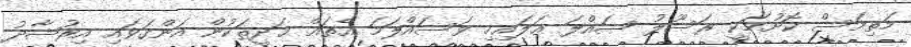
މަތިމަސް ކޮށުމަކީ ރަސޫލު ޞައްލަ ޢަލައިހި ވަސައްލަމަ އެތައް ޙަދީޘަކުން އަންގަވައި އިރުޝާދު